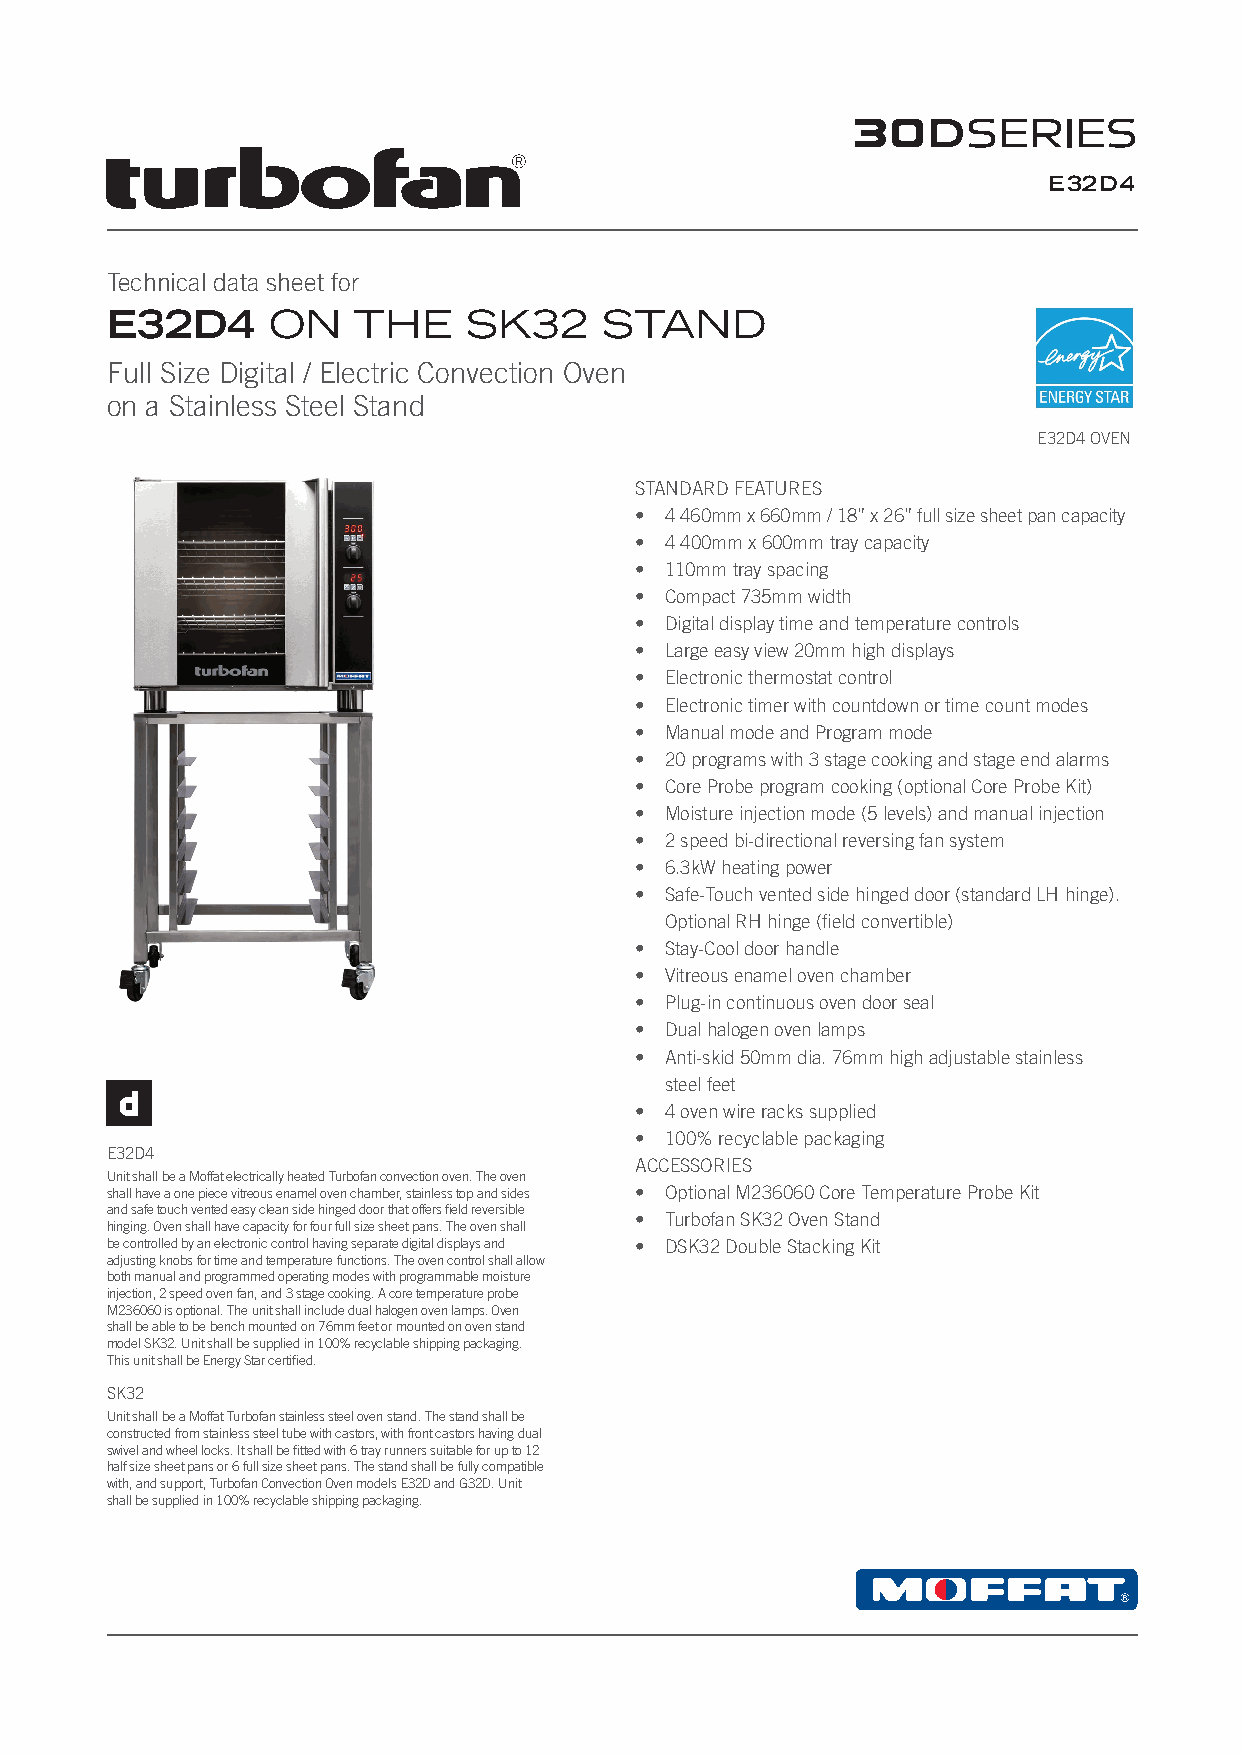
E32D4
 Technical data sheet for
 E32D4      ON   THE     SK32     STAND
 Full Size Digital / Electric Convection Oven
 on a Stainless Steel Stand
 E32D4 OVEN
 STANDARD FEATURES
 • 4 460mm x 660mm / 18” x 26” full size sheet pan capacity
 • 4 400mm x 600mm tray capacity
 • 110mm tray spacing
 • Compact 735mm width
 • Digital display time and temperature controls
 • Large easy view 20mm high displays
 • Electronic thermostat control
 • Electronic timer with countdown or time count modes
 • Manual mode and Program mode
 • 20 programs with 3 stage cooking and stage end alarms
 • Core Probe program cooking (optional Core Probe Kit)
 • Moisture injection mode (5 levels) and manual injection
 • 2 speed bi-directional reversing fan system
 • 6.3kW heating power
 • Safe-Touch vented side hinged door (standard LH hinge).
 Optional RH hinge (field convertible)
 • Stay-Cool door handle
 • Vitreous enamel oven chamber
 • Plug-in continuous oven door seal
 • Dual halogen oven lamps
 • Anti-skid 50mm dia. 76mm high adjustable stainless
 steel feet
 • 4 oven wire racks supplied
 • 100% recyclable packaging
 E32D4
 ACCESSORIES
 Unit shall be a Moffat electrically heated Turbofan convection oven. The oven
 shall have a one piece vitreous enamel oven chamber, stainless top and sides • Optional M236060 Core Temperature Probe Kit
 and safe touch vented easy clean side hinged door that offers field reversible
 • Turbofan SK32 Oven Stand
 hinging. Oven shall have capacity for four full size sheet pans. The oven shall
 be controlled by an electronic control having separate digital displays and • DSK32 Double Stacking Kit
 adjusting knobs for time and temperature functions. The oven control shall allow
 both manual and programmed operating modes with programmable moisture
 injection, 2 speed oven fan, and 3 stage cooking. A core temperature probe
 M236060 is optional. The unit shall include dual halogen oven lamps. Oven
 shall be able to be bench mounted on 76mm feet or mounted on oven stand
 model SK32. Unit shall be supplied in 100% recyclable shipping packaging.
 This unit shall be Energy Star certified.
 SK32
 Unit shall be a Moffat Turbofan stainless steel oven stand. The stand shall be
 constructed from stainless steel tube with castors, with front castors having dual
 swivel and wheel locks. It shall be fitted with 6 tray runners suitable for up to 12
 half size sheet pans or 6 full size sheet pans. The stand shall be fully compatible
 with, and support, Turbofan Convection Oven models E32D and G32D. Unit
 shall be supplied in 100% recyclable shipping packaging.